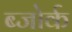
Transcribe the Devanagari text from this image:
ब्जोर्क